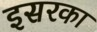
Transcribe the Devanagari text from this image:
इसरका